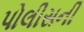
પોલીસની